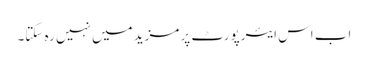
اب اس ایئرپورٹ پر مزید میں نہیں رہ سکتا۔